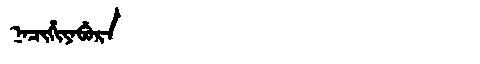
Manchu: ᠨᠠᠴᡳᡥᡳᠶᠠᠪᡠᡵᠠ
Romanization: NACIHIYABURA